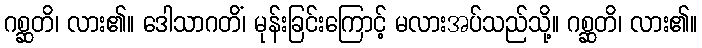
ဂစ္ဆတိ၊ လား၏။ ဒေါသာဂတိံ၊ မုန်းခြင်းကြောင့် မလားအပ်သည်သို့။ ဂစ္ဆတိ၊ လား၏။